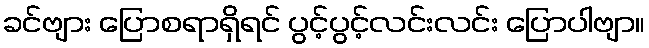
ခင်ဗျား ပြောစရာရှိရင် ပွင့်ပွင့်လင်းလင်း ပြောပါဗျာ။